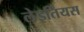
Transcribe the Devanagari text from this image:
लेइर्तिंयस